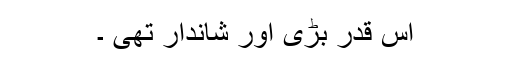
اس قدر بڑی اور شاندار تھی ۔